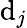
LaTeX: \mathrm{d}_{j}